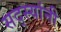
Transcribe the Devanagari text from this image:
सद्स्यांनी